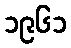
၁၉၆၁